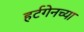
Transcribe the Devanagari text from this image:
हर्टगेनच्या